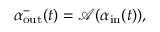
\alpha _ { \mathrm { o u t } } ^ { - } ( t ) = \mathcal { A } ( \alpha _ { \mathrm { i n } } ( t ) ) ,